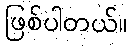
ဖြစ်ပါတယ်။